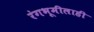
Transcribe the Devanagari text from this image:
रंगभूमीलाही